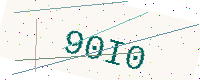
Text: 90I0